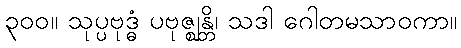
၃၀၀။ သုပ္ပဗုဒ္ဓံ ပဗုဇ္ဈန္တိ၊ သဒါ ဂေါတမသာဝကာ။